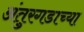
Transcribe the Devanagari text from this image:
अंतुरगडाच्या